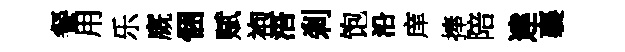
餐用乐廐悃赋袍浯剎饱沿庠捧陪䢖襄